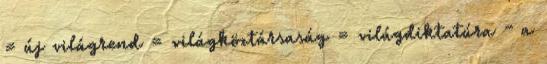
= új világrend = világköztársaság = világdiktatúra - a